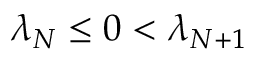
\lambda _ { N } \le 0 < \lambda _ { N + 1 }